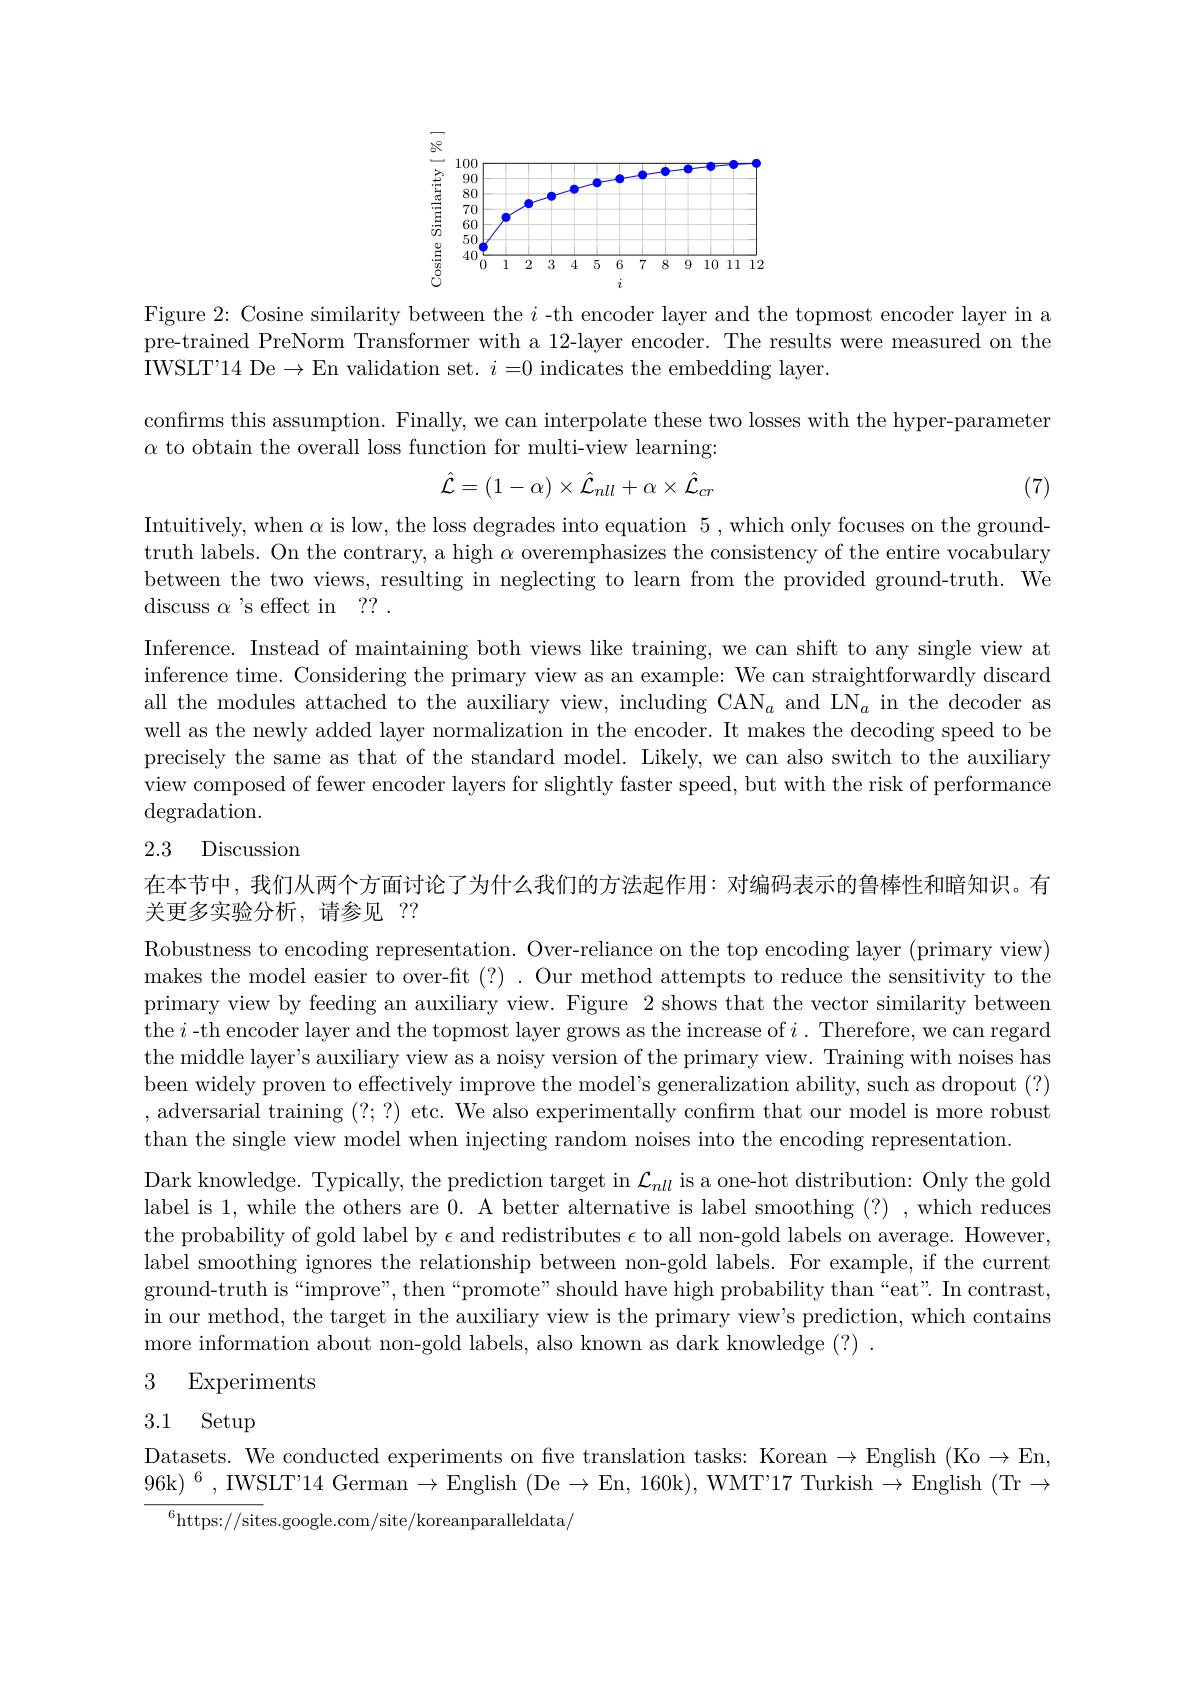
<FigureHere>

Figure 2: Cosine similarity between the $i$ -th encoder layer and the topmost encoder layer in a pre-trained PreNorm Transformer with a 12-layer encoder. The results were measured on the IWSLT'14 De$\to$En validation set. $i=0$ indicates the embedding layer.

confirms this assumption. Finally, we can interpolate these two losses with the hyper-parameter
$\alpha$ to obtain the overall loss function for multi-view learning:
$$\hat{\mathcal{L}}=(1-\alpha)\times\hat{\mathcal{L}}_{nll}+\alpha\times\hat{\mathcal{L}}_{cr}$$
(7)

Intuitively, when $\alpha$ is low, the loss degrades into equation 5,which only focuses on the groundtruth labels. On the contrary, a high $\alpha$ overemphasizes the consistency of the entire vocabulary between the two views, resulting in neglecting to learn from the provided ground-truth. We discuss $\alpha$ 's effect in ?? .

Inference. Instead of maintaining both views like training, we can shift to any single view at inference time. Considering the primary view as an example: We can straightforwardly discard all the modules attached to the auxiliary view, including CAN$_a$ and LN$_a$ in the decoder as well as the newly added layer normalization in the encoder. It makes the decoding speed to be precisely the same as that of the standard model. Likely, we can also switch to the auxiliary view composed of fewer encoder layers for slightly faster speed, but with the risk of performance $\operatorname{degradation}.$

## 2.3 Discussion

在本节中，我们从两个方面讨论了为什么我们的方法起作用：对编码表示的鲁棒性和暗知识。有
关更多实验分析，请参见 ??

Robustness to encoding representation. Over-reliance on the top encoding layer (primary view) makes the model easier to over-fit (?) . Our method attempts to reduce the sensitivity to the primary view by feeding an auxiliary view. Figure 2 shows that the vector similarity between the $i$ -th encoder layer and the topmost layer grows as the increase of $i.$ Therefore, we can regard the middle layer's auxiliary view as a noisy version of the primary view. Training with noises has been widely proven to effectively improve the model's generalization ability, such as dropout (?) , adversarial training (?;?) etc. We also experimentally confirm that our model is more robust than the single view model when injecting random noises into the encoding representation.
Dark knowledge. Typically, the prediction target in $\mathcal{L}_{nll}$ is a one-hot distribution: Only the gold label is 1, while the others are 0. A better alternative is label smoothing (?) , which reduces the probability of gold label by $\epsilon$ and redistributes $\epsilon$ to all non-gold labels on average. However, label smoothing ignores the relationship between non-gold labels. For example, if the current ground-truth is“improve”, then“promote”should have high probability than“eat". In contrast, in our method, the target in the auxiliary view is the primary view's prediction, which contains more information about non-gold labels, also known as dark knowledge (?) .
3 Experiments

# 3.1 Setup

Datasets. We conducted experiments on five translation tasks: Korean $\to$English (Ko$\to$En, 96k)$^6$,IWSLT'14 German$\to$English (De$\to$En, 160k), WMT'17 Turkish$\to$English (Tr$\to$
$^{6}$https://sites.google.com/site/koreanparalleldata/